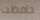
حافظت